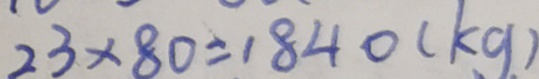
2 3 \times 8 0 = 1 8 4 0 ( k g . )